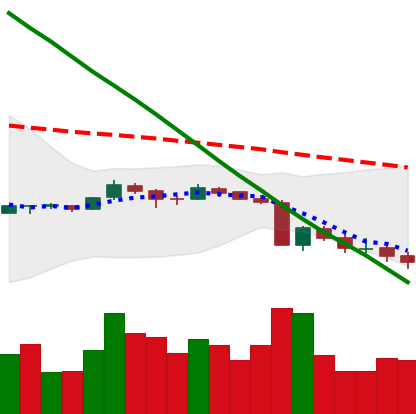
Ticker: XRP-USD
Chart end date: 2018-09-11
Forward return: 6.619%
Label: up_5_7